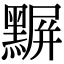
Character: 𪑰